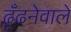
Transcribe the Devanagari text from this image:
ढूँढनेवाले